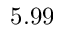
5 . 9 9